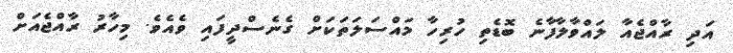
އަދި ރާއްޖެއާ ލައްވާލާފާނެ ބޮޑެތި ހުރިހާ މައްސަލަތަކަށް ގެނެސްދީފައި ވެއެވެ. މިހާރު ރާއްޖެއަށް